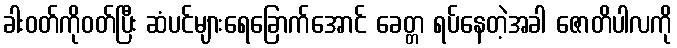
ခါးဝတ်ကိုဝတ်ပြီး ဆံပင်များရေခြောက်အောင် ခေတ္တ ရပ်နေတဲ့အခါ ဇောတိပါလကို